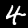
Label: 4